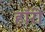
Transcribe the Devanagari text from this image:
हॉरी